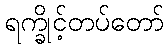
ရက္ခိုင့်တပ်တော်